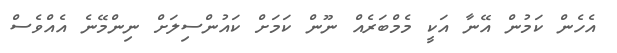
އެހެން ކަމުން އޭނާ އަކީ މެމްބަރެއް ނޫން ކަމަށް ކައުންސިލަށް ނިންމޭނެ އެއްވެސް